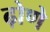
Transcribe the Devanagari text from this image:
ढ़ोणे